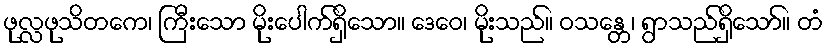
ဖုလ္လဖုသိတကေ၊ ကြီးသော မိုးပေါက်ရှိသော။ ဒေဝေ၊ မိုးသည်။ ဝသန္တေ၊ ရွာသည်ရှိသော်။ တံ